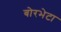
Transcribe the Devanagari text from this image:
बोरभेटा